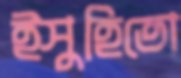
ইসুহিতো